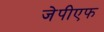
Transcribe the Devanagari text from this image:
जेपीएफ